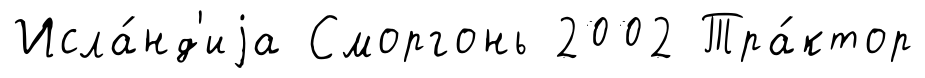
Исла́нд'иjа Сморгонь 2002 Тра́ктор